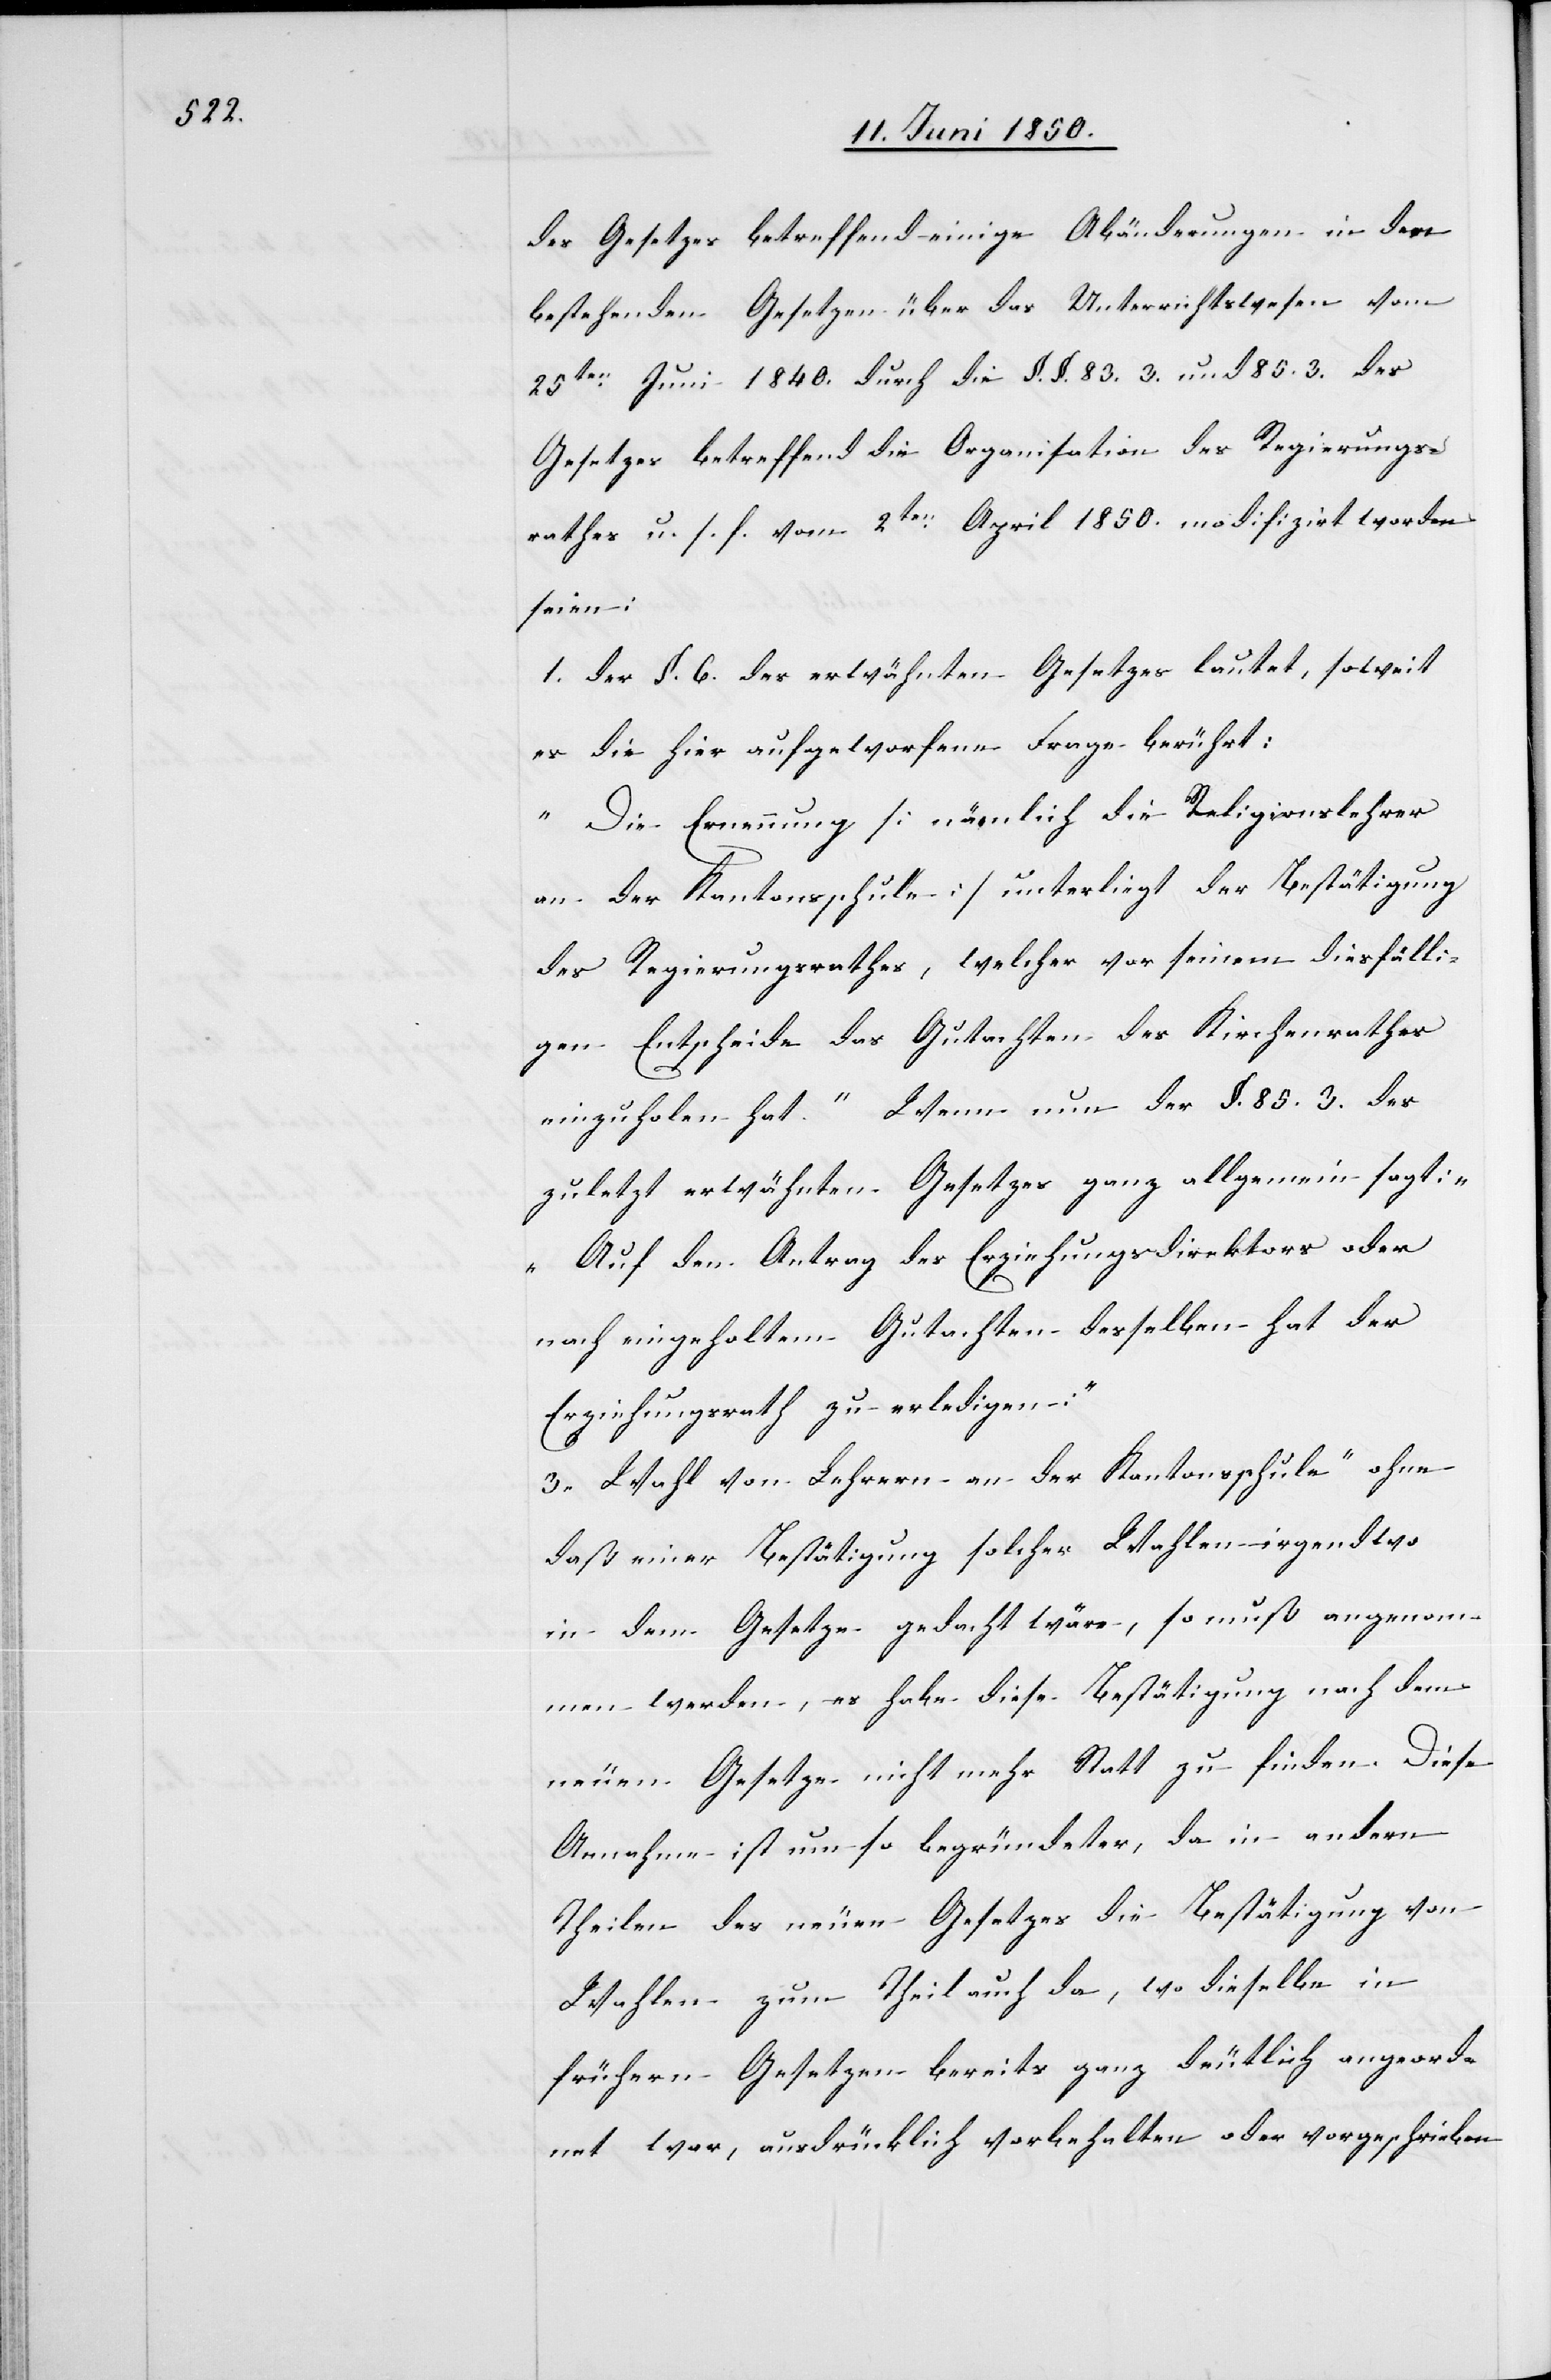
des Gesetzes betreffend einige Abänderungen in den
bestehenden Gesetzen über das Unterrichtswesen vom
25ten Juni 1840. durch die §. §. 83. 3. und 85. 3. des
Gesetzes betreffend die Organisation des Regierungs¬
rathes u. s. f. vom 2ten April 1850. modifizirt worden
seien:
1. der §. 6. des erwähnten Gesetzes lautet, soweit
es die hier aufgeworfene Frage berührt:
„Die Ernennung [nämlich die Religionslehrer
an der Kantonsschule] unterliegt der Bestätigung
des Regierungsrathes, welcher vor seinem diesfälli¬
gen Entscheide das Gutachten des Kirchenrathes
einzuholen hat.“ Wenn nun der §. 85. 3. des
zuletzt erwähnten Gesetzes ganz allgemein sagt:
„Auf den Antrag des Erziehungsdirektors oder
nach eingeholtem Gutachten desselben hat der
Erziehungsrath zu erledigen:“
[„]3. Wahl von Lehrern an der Kantonsschule“ ohne
daß einer Bestätigung solcher Wahlen irgendwo
in dem Gesetze gedacht wäre, so muß angenom¬
men werden, es habe diese Bestätigung nach dem
neuen Gesetze nicht mehr Statt zu finden. Diese
Annahme ist um so begründeter, da in andern
Theilen des neuen Gesetzes die Bestätigung von
Wahlen zum Theil auch da, wo dieselbe in
frühern Gesetzen bereits ganz deutlich angeord¬
net war, ausdrücklich vorbehalten oder vorgeschrieben